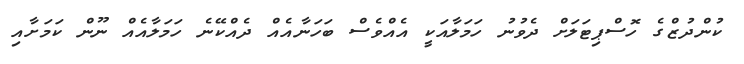
ކުންދުޒްގެ ހޮސްޕިޓަލަށް ދެވުނު ހަމަލާއަކީ އެއްވެސް ބަހަނާއެއް ދެއްކޭނެ ހަމަލާއެއް ނޫން ކަމަށާއި